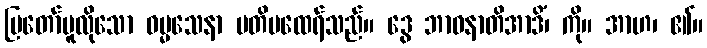
ပြတော်မူလိုသော ဓမ္မသေနာ ပတိမထေရ်သည်။ ဒွေ ဘာဝနာတိအာဒိံ၊ ကို။ အာဟ၊ ၏။